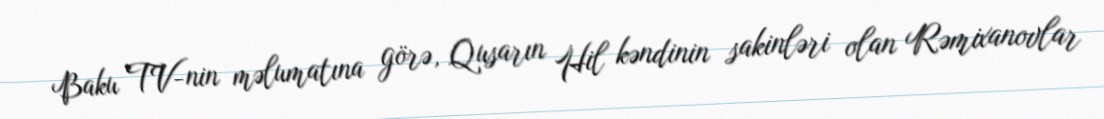
Baku TV-nin məlumatına görə, Qusarın Hil kəndinin sakinləri olan Rəmixanovlar